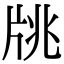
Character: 㸠